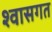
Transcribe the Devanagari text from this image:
श्वासगत